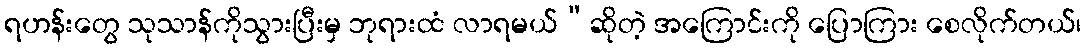
ရဟန်းတွေ သုသာန်ကိုသွားပြီးမှ ဘုရားထံ လာရမယ်”ဆိုတဲ့ အကြောင်းကို ပြောကြား စေလိုက်တယ်၊